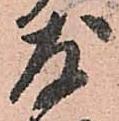
友